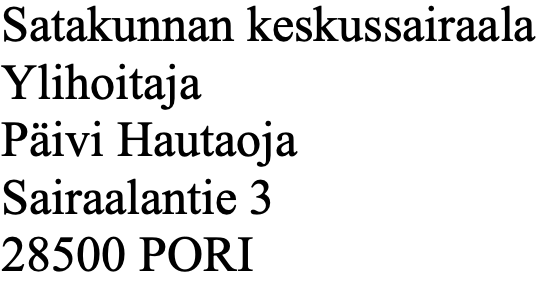
Satakunnan keskussairaala Ylihoitaja Päivi Hautaoja Sairaalantie 3 28500 PORI